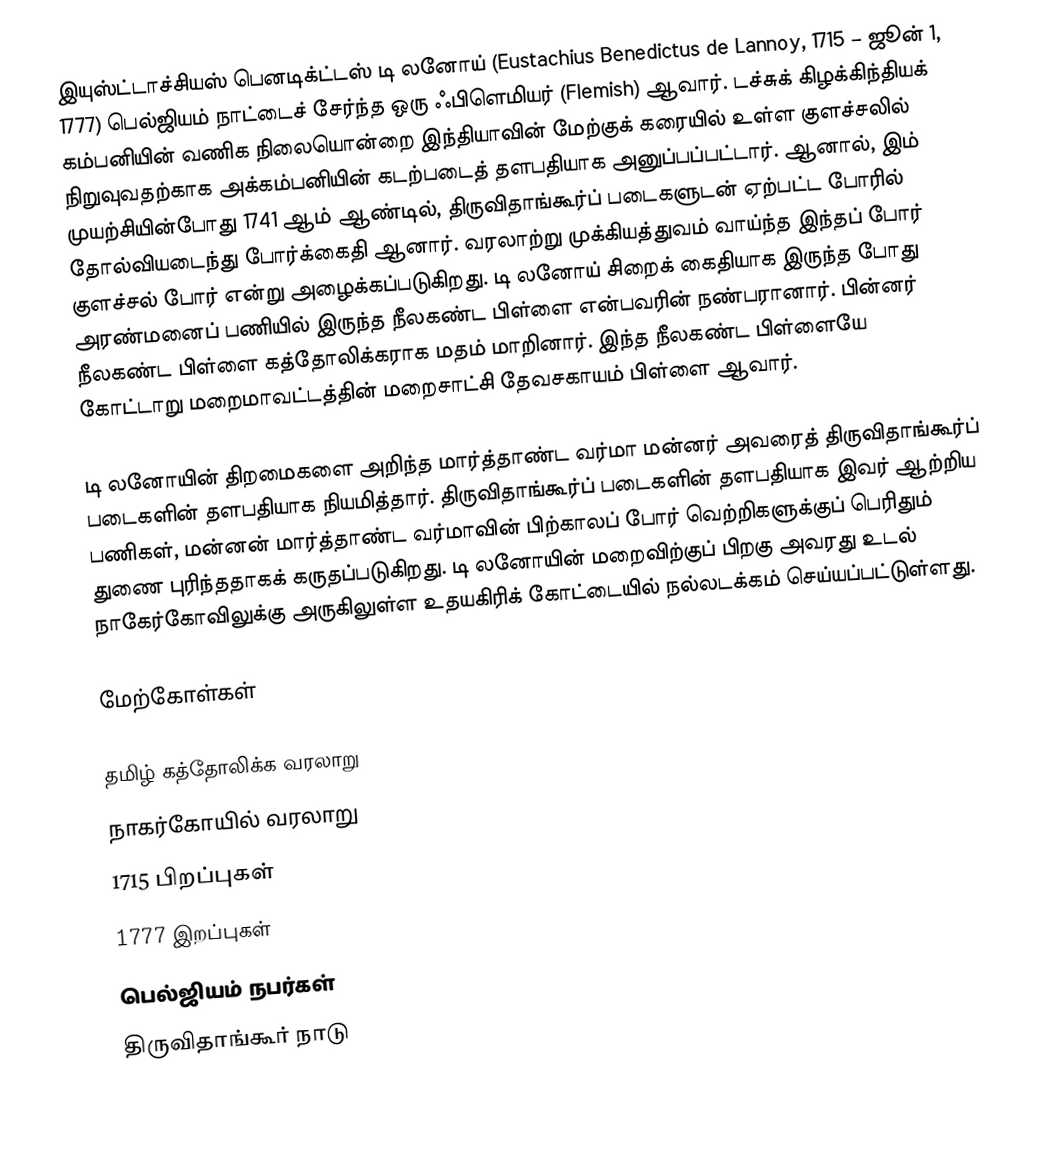
இயுஸ்ட்டாச்சியஸ் பெனடிக்ட்டஸ் டி லனோய் (Eustachius Benedictus de Lannoy, 1715 – ஜூன் 1, 1777) பெல்ஜியம் நாட்டைச் சேர்ந்த ஒரு ஃபிளெமியர் (Flemish) ஆவார். டச்சுக் கிழக்கிந்தியக் கம்பனியின் வணிக நிலையொன்றை இந்தியாவின் மேற்குக் கரையில் உள்ள குளச்சலில் நிறுவுவதற்காக அக்கம்பனியின் கடற்படைத் தளபதியாக அனுப்பப்பட்டார். ஆனால், இம் முயற்சியின்போது 1741 ஆம் ஆண்டில், திருவிதாங்கூர்ப் படைகளுடன் ஏற்பட்ட போரில் தோல்வியடைந்து போர்க்கைதி ஆனார். வரலாற்று முக்கியத்துவம் வாய்ந்த இந்தப் போர் குளச்சல் போர் என்று அழைக்கப்படுகிறது. டி லனோய் சிறைக் கைதியாக இருந்த போது அரண்மனைப் பணியில் இருந்த நீலகண்ட பிள்ளை என்பவரின் நண்பரானார். பின்னர் நீலகண்ட பிள்ளை கத்தோலிக்கராக மதம் மாறினார். இந்த நீலகண்ட பிள்ளையே கோட்டாறு மறைமாவட்டத்தின் மறைசாட்சி தேவசகாயம் பிள்ளை ஆவார்.

டி லனோயின் திறமைகளை அறிந்த மார்த்தாண்ட வர்மா மன்னர் அவரைத் திருவிதாங்கூர்ப் படைகளின் தளபதியாக நியமித்தார். திருவிதாங்கூர்ப் படைகளின் தளபதியாக இவர் ஆற்றிய பணிகள், மன்னன் மார்த்தாண்ட வர்மாவின் பிற்காலப் போர் வெற்றிகளுக்குப் பெரிதும் துணை புரிந்ததாகக் கருதப்படுகிறது. டி லனோயின் மறைவிற்குப் பிறகு அவரது உடல் நாகேர்கோவிலுக்கு அருகிலுள்ள உதயகிரிக் கோட்டையில் நல்லடக்கம் செய்யப்பட்டுள்ளது.

மேற்கோள்கள்

தமிழ் கத்தோலிக்க வரலாறு
நாகர்கோயில் வரலாறு
1715 பிறப்புகள்
1777 இறப்புகள்
பெல்ஜியம் நபர்கள்
திருவிதாங்கூர் நாடு